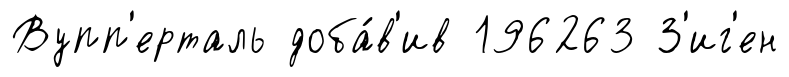
Вупп'ерталь доба́в'ив 196263 З'иг'ен